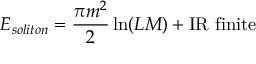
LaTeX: E _ { s o l i t o n } = \frac { \pi m ^ { 2 } } { 2 } \ln ( L M ) + \mathrm { I R \ f i n i t e }